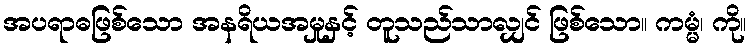
အပရာဓဖြစ်သော အနရိယအမှုနှင့် တူသည်သာလျှင် ဖြစ်သော။ ကမ္မံ၊ ကို။